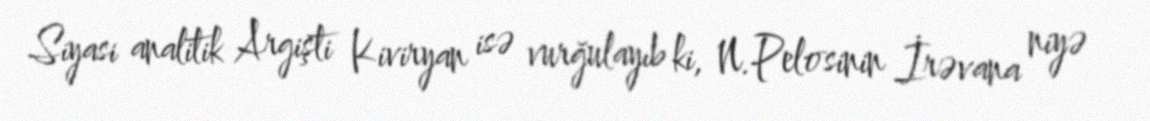
Siyasi analitik Argişti Kiviryan isə vurğulayıb ki, N.Pelosinin İrəvana niyə